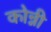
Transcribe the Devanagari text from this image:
कोन्नी